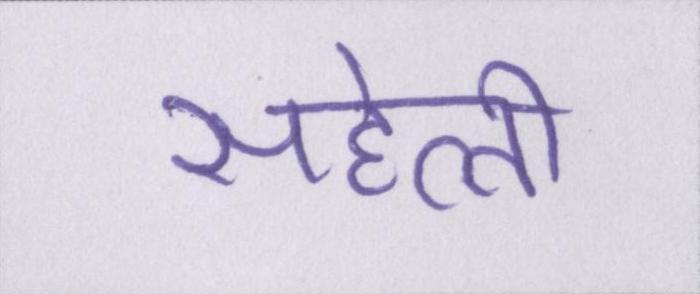
सहेली